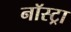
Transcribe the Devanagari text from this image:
नॉस्ट्रा